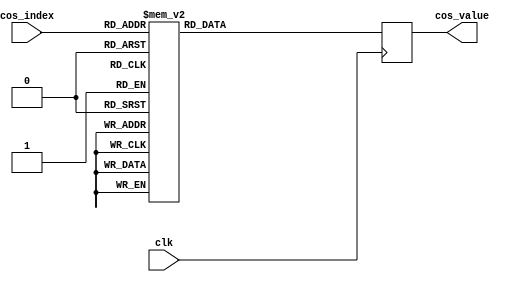
module cosine (
    input wire clk,
    input  wire [5:0] cos_index,
    output wire [7:0] cos_value
);
  reg [7:0] cos_r;
  assign cos_value = cos_r;
  always @(posedge clk)
    case (cos_index)
      6'd0: cos_r    <= 8'd255;
      6'd1: cos_r    <= 8'd255;
      6'd2: cos_r    <= 8'd255;
      6'd3: cos_r    <= 8'd254;
      6'd4: cos_r    <= 8'd254;
      6'd5: cos_r    <= 8'd253;
      6'd6: cos_r    <= 8'd252;
      6'd7: cos_r    <= 8'd251;
      6'd8: cos_r    <= 8'd250;
      6'd9: cos_r    <= 8'd249;
      6'd10: cos_r   <= 8'd247;
      6'd11: cos_r   <= 8'd246;
      6'd12: cos_r   <= 8'd244;
      6'd13: cos_r   <= 8'd242;
      6'd14: cos_r   <= 8'd240;
      6'd15: cos_r   <= 8'd238;
      6'd16: cos_r   <= 8'd236;
      6'd17: cos_r   <= 8'd233;
      6'd18: cos_r   <= 8'd231;
      6'd19: cos_r   <= 8'd228;
      6'd20: cos_r   <= 8'd225;
      6'd21: cos_r   <= 8'd222;
      6'd22: cos_r   <= 8'd219;
      6'd23: cos_r   <= 8'd215;
      6'd24: cos_r   <= 8'd212;
      6'd25: cos_r   <= 8'd208;
      6'd26: cos_r   <= 8'd205;
      6'd27: cos_r   <= 8'd201;
      6'd28: cos_r   <= 8'd197;
      6'd29: cos_r   <= 8'd193;
      6'd30: cos_r   <= 8'd189;
      6'd31: cos_r   <= 8'd185;
      6'd32: cos_r   <= 8'd180;
      6'd33: cos_r   <= 8'd176;
      6'd34: cos_r   <= 8'd171;
      6'd35: cos_r   <= 8'd167;
      6'd36: cos_r   <= 8'd162;
      6'd37: cos_r   <= 8'd157;
      6'd38: cos_r   <= 8'd152;
      6'd39: cos_r   <= 8'd147;
      6'd40: cos_r   <= 8'd142;
      6'd41: cos_r   <= 8'd136;
      6'd42: cos_r   <= 8'd131;
      6'd43: cos_r   <= 8'd126;
      6'd44: cos_r   <= 8'd120;
      6'd45: cos_r   <= 8'd115;
      6'd46: cos_r   <= 8'd109;
      6'd47: cos_r   <= 8'd103;
      6'd48: cos_r   <= 8'd98;
      6'd49: cos_r   <= 8'd92;
      6'd50: cos_r   <= 8'd86;
      6'd51: cos_r   <= 8'd80;
      6'd52: cos_r   <= 8'd74;
      6'd53: cos_r   <= 8'd68;
      6'd54: cos_r   <= 8'd62;
      6'd55: cos_r   <= 8'd56;
      6'd56: cos_r   <= 8'd50;
      6'd57: cos_r   <= 8'd44;
      6'd58: cos_r   <= 8'd37;
      6'd59: cos_r   <= 8'd31;
      6'd60: cos_r   <= 8'd25;
      6'd61: cos_r   <= 8'd19;
      6'd62: cos_r   <= 8'd13;
      default: cos_r <= 8'd6;
    endcase
endmodule